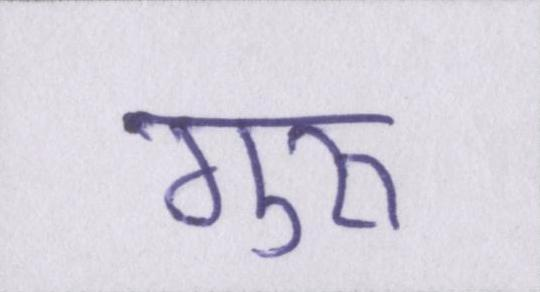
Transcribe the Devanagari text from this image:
गुरुॱ